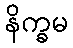
နိက္ခမ